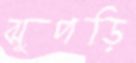
ঝুপড়ি